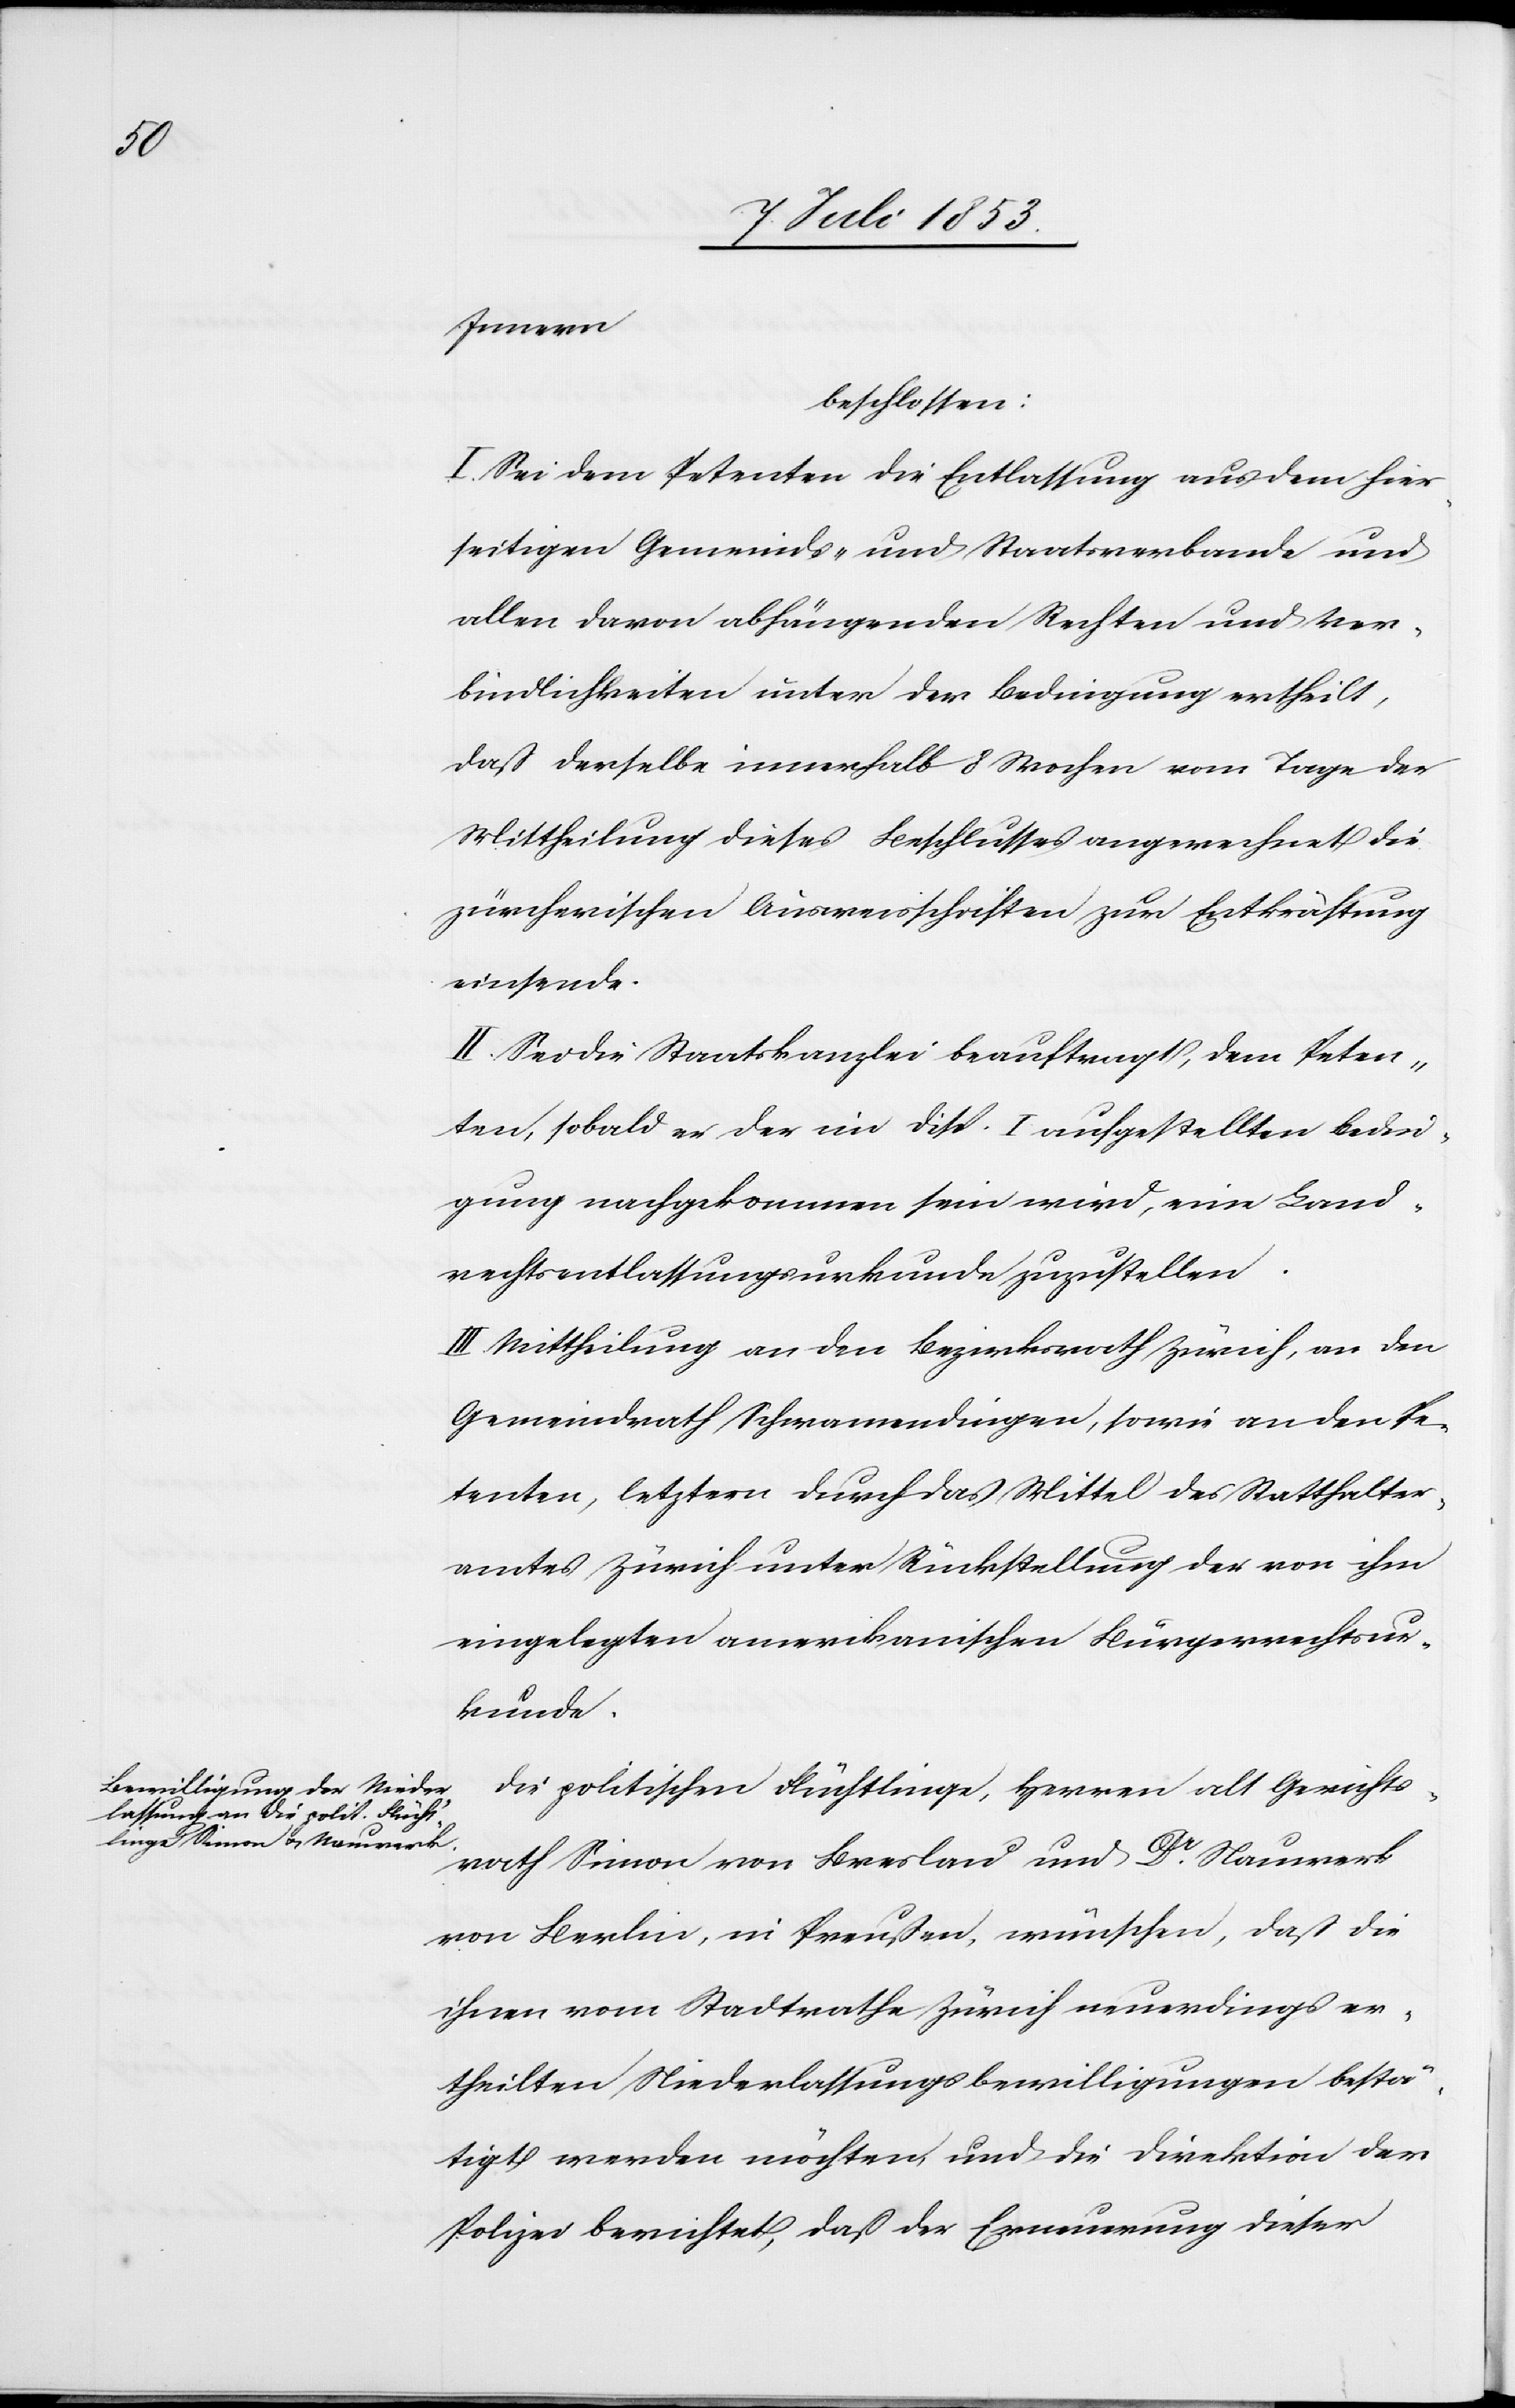
Innern
beschlossen:
I. Sei dem Petenten die Entlassung aus dem hier¬
seitigen Gemeinds- und Staatsverbande und
allen davon abhängenden Rechten und Ver¬
bindlichkeiten unter der Bedingung ertheilt,
daß derselbe innerhalb 8 Wochen vom Tage der
Mittheilung dieses Beschlusses angerechnet die
zürcherischen Ausweisschriften zur Entkräftung
einsende.
II. Sei die Staatskanzlei beauftragt, dem Peten¬
ten, sobald er der im Disp. I aufgestellten Bedin¬
gung nachgekommen sein wird, eine Land¬
rechtsentlassungsurkunde zuzustellen.
III. Mittheilung an den Bezirksrath Zürich, an den
Gemeindrath Schwamendingen, sowie an den Pe¬
tenten, letztern durch das Mittel des Statthalter¬
amtes Zürich unter Rückstellung der von ihm
eingelegten amerikanischen Bürgerrechtsur¬
kunde.
Die politischen Flüchtlinge, Herren alt Gerichts¬
rath Simon von Breslau und Dr Nauwerk
von Berlin, in Preußen, wünschen, daß die
ihnen vom Stadtrathe Zürich neuerdings er¬
theilten Niederlassungsbewilligungen bestä¬
tigt werden möchten und die Direktion der
Polizei berichtet, daß der Ernennung dieser